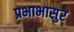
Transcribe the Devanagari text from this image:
प्रभाभासुर